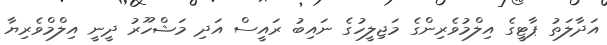
އަދާލަތު ޕާޓީގެ އިލްމުވެރިންގެ މަޖިލީހުގެ ނައިބު ރައީސް އަދި މަޝްހޫރު ދީނީ އިލްމްވެރިޔާ